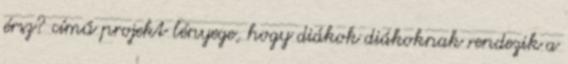
érsz? című projekt lényege, hogy diákok diákoknak rendezik a